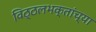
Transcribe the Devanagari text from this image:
विठ्ठलभक्तांच्या